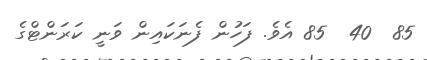
85  40  85 އެވެ. ފަހުން ފެނަކައިން ވަނީ ކަރަންޓްގެ